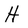
Character: H